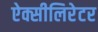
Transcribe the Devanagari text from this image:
ऐक्सीलिरेटर